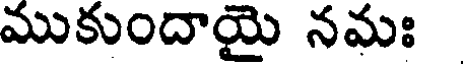
ముకుందాయై నమః